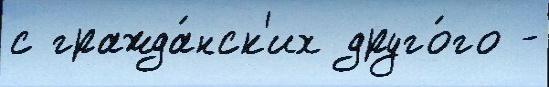
с гражда́нск'их друго́го -